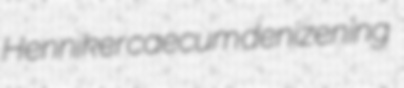
Henniker caecum denizening